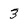
Character: 3